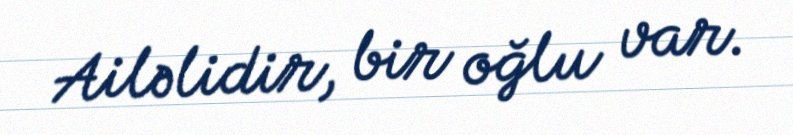
Ailəlidir, bir oğlu var.